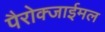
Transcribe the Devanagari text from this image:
पैरोक्जाईमल